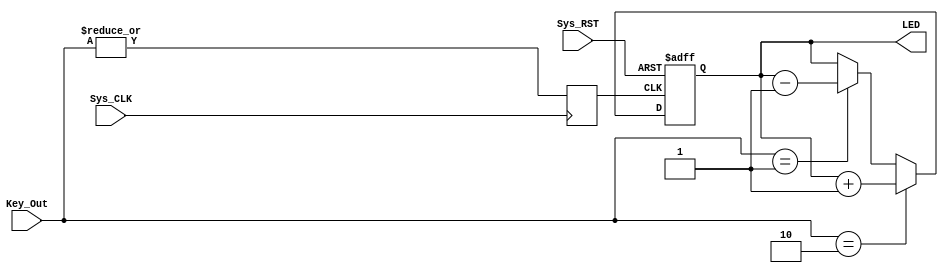
module Red_LED(LED,Sys_CLK,Sys_RST,Key_Out);

input Sys_CLK;
input Sys_RST;
input [1:0]Key_Out;
output [3:0]LED;

reg Key_Signal;
reg [3:0]LED;

initial
begin
	LED <= 4'b0;
	Key_Signal <= 1'b0;
end

always@(posedge Sys_CLK)
begin
	Key_Signal = |Key_Out;
end	

always@(posedge Key_Signal or negedge Sys_RST)
begin
	if(!Sys_RST)
		LED <= 8'b0;
	else
	begin
		if(Key_Out == 2'b10)
			LED <= LED + 1'b1;
		else if (Key_Out == 2'b01)
			LED <= LED - 1'b1;
		else
			LED <= LED;
	end
end

endmodule